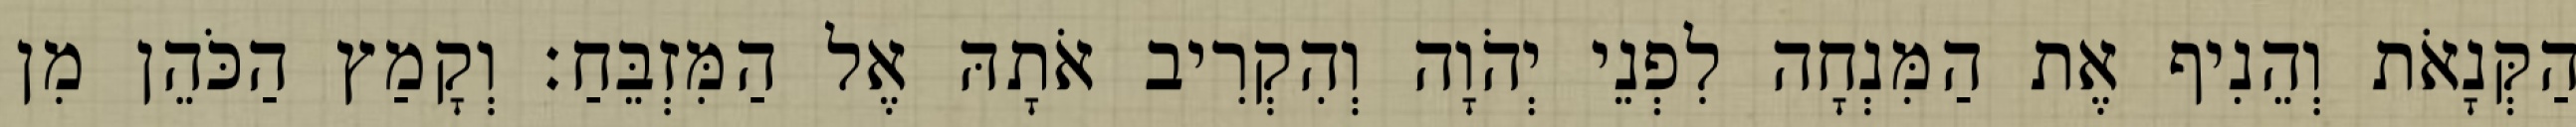
הַקְּנָאֹת וְהֵנִיף אֶת הַמִּנְחָה לִפְנֵי יְהֹוָה וְהִקְרִיב אֹתָהּ אֶל הַמִּזְבֵּחַ׃ וְקָמַץ הַכֹּהֵן מִן